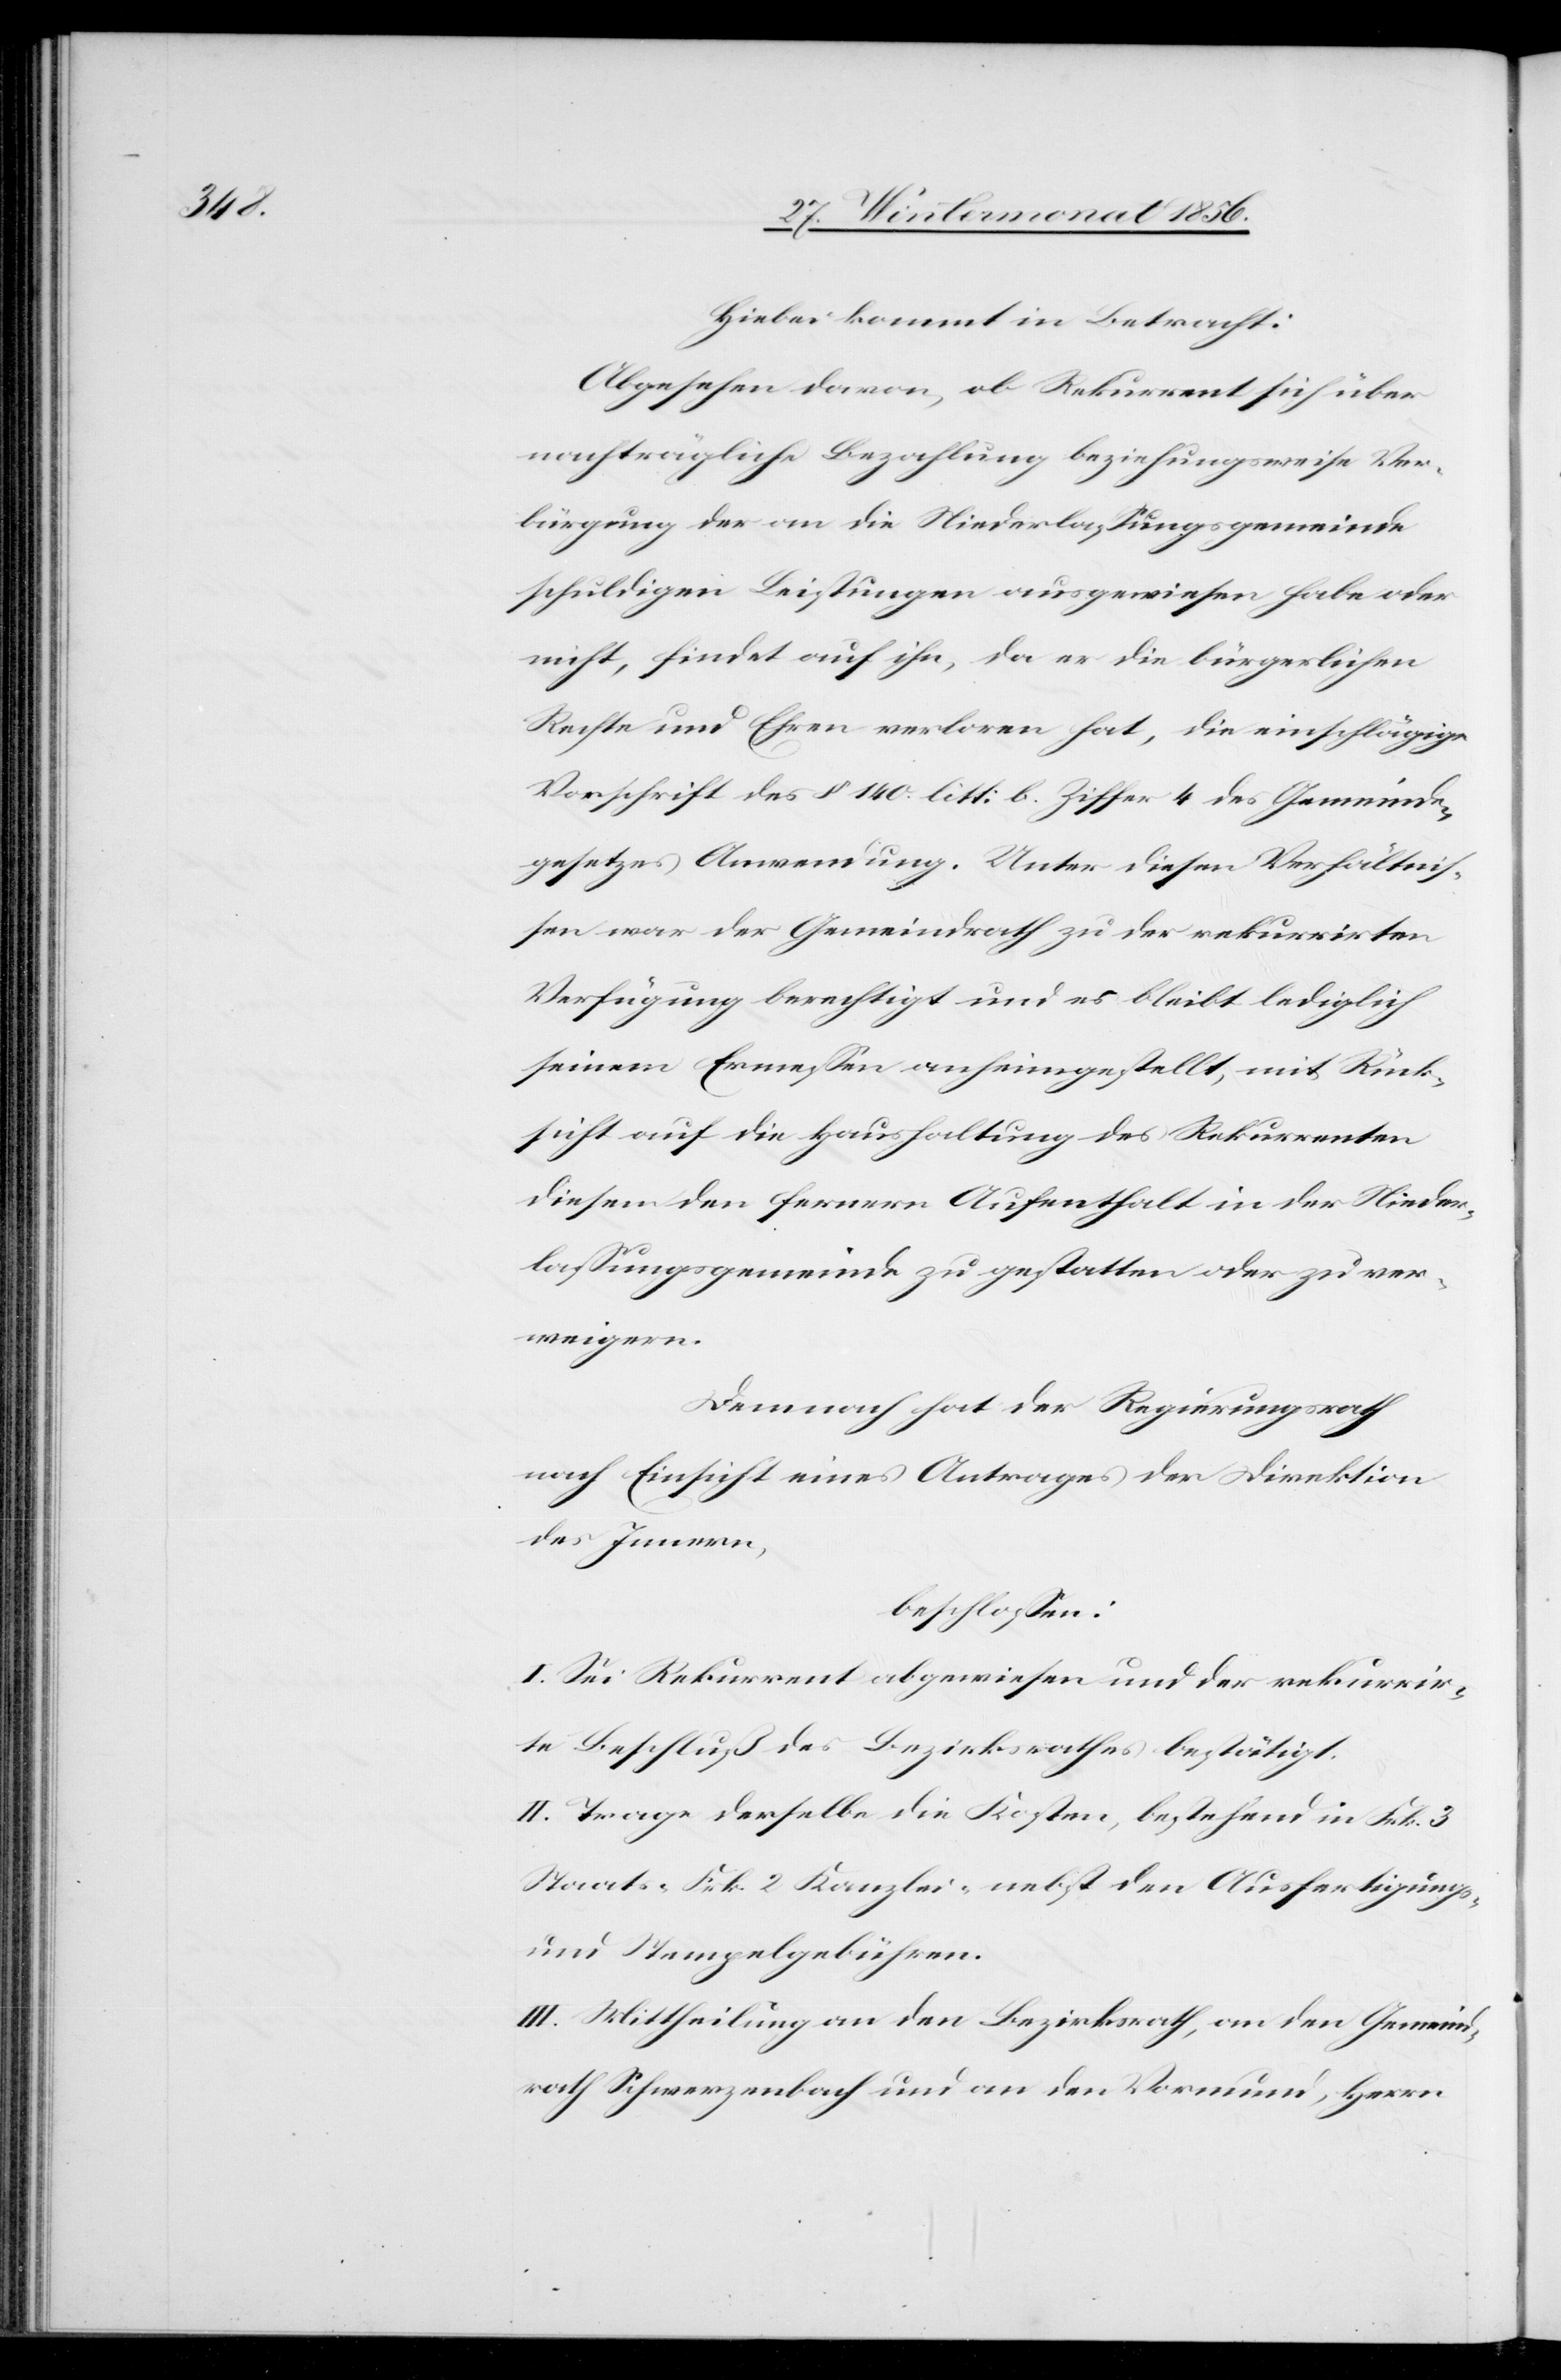
Hiebei kommt in Betracht:
Abgesehen davon, ob Rekurrent sich über
nachträgliche Bezahlung beziehungsweise Ver¬
bürgung der an die Niederlassungsgemeinde
schuldigen Leistungen ausgewiesen habe oder
nicht, findet auf ihn, da er die bürgerlichen
Rechte und Ehren verloren hat, die einschlägige
Vorschrift des § 140 litt: b. Ziffer 4 des Gemeinde¬
gesetzes Anwendung. Unter diesen Verhältnis¬
sen war der Gemeindrath zu der rekurrirten
Verfügung berechtigt und es bleibt lediglich
seinem Ermessen anheimgestellt, mit Rück¬
sicht auf die Haushaltung des Rekurrenten
diesem den fernern Aufenthalt in der Nieder¬
lassungsgemeinde zu gestatten oder zu ver¬
weigern.
Demnach hat der Regierungsrath
nach Einsicht eines Antrages der Direktion
des Innern,
beschlossen:
I. Sei Rekurrent abgewiesen und der rekurrir¬
te Beschluß des Bezirksrathes bestätigt.
II. Trage derselbe die Kosten, bestehend in Frk. 3
Staats-[,] Frk. 2 Kanzlei- nebst den Ausfertigungs-
und Stempelgebühren.
III. Mittheilung an den Bezirksrath, an den Gemeind¬
rath Schwerzenbach und an den Vormund, Herrn